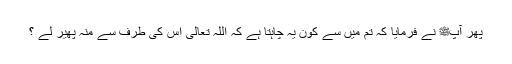
پھر آپﷺ نے فرمایا کہ تم میں سے کون یہ چاہتا ہے کہ اللہ تعالیٰ اس کی طرف سے منہ پھیر لے ؟